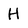
Character: H